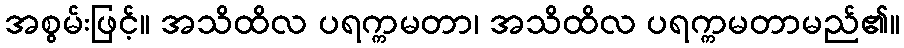
အစွမ်းဖြင့်။ အသိထိလ ပရက္ကမတာ၊ အသိထိလ ပရက္ကမတာမည်၏။